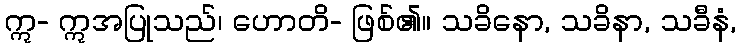
ဣ- ဣအပြုသည်၊ ဟောတိ- ဖြစ်၏။ သခိနော, သခိနာ, သခီနံ,